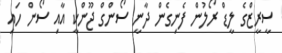
ސީރީޒްގެ ލީޑް ރޯލުން ފެނިގެން ދާނީ ސޯންގް ޖޫންކީ އާއި ސޯން ހައި